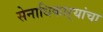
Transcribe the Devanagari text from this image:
सेनाधिकाऱ्यांचा